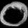
Digit: ၀